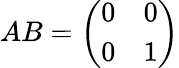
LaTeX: AB={\left(\begin{array}{ll}{0}&{0}\\ {0}&{1}\end{array}\right)}